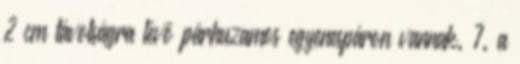
2 cm távolságra lévõ párhuzamos egyenespáron vannak. 7. a